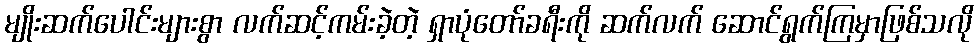
မျိုးဆက်ပေါင်းများစွာ လက်ဆင့်ကမ်းခဲ့တဲ့ ရှာပုံတော်ခရီးကို ဆက်လက် ဆောင်ရွက်ကြမှာဖြစ်သလို